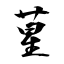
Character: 苼